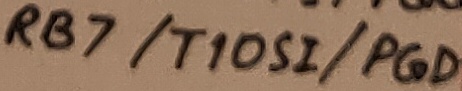
Text: RB7/T10SI/PGD